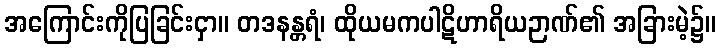
အကြောင်းကိုပြခြင်းငှာ။ တဒနန္တရံ၊ ထိုယမကပါဋိဟာရိယဉာဏ်၏ အခြားမဲ့၌။